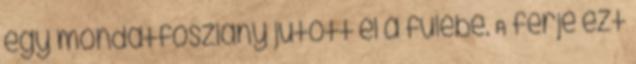
egy mondatfoszlány jutott el a fülébe. A férje ezt